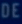
DOES